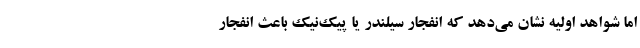
اما شواهد اولیه نشان می‌دهد که انفجار سیلندر یا پیک‌نیک باعث انفجار